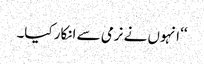
‘‘ انہوں نے نرمی سے انکار کیا۔